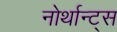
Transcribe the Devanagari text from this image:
नोर्थान्ट्स